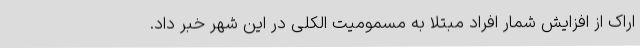
اراک از افزایش شمار افراد مبتلا به مسمومیت الکلی در این شهر خبر داد.